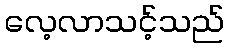
လေ့လာသင့်သည်